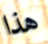
هذا